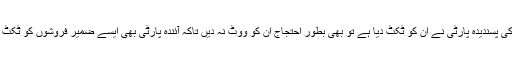
اگر آپ کی پسندیدہ پارٹی نے ان کو ٹکٹ دیا ہے تو بھی بطور احتجاج ان کو ووٹ نہ دیں تاکہ آئندہ پارٹی بھی ایسے ضمیر فروشوں کو ٹکٹ نہ دے ۔